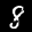
Label: 8